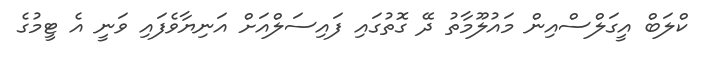
ކްލަބް އީގަލްސްއިން މައުލޫމާތު ދޭ ގޮތުގައި ފައިސަލްއަށް އަނިޔާވެފައި ވަނީ އެ ޓީމުގެ